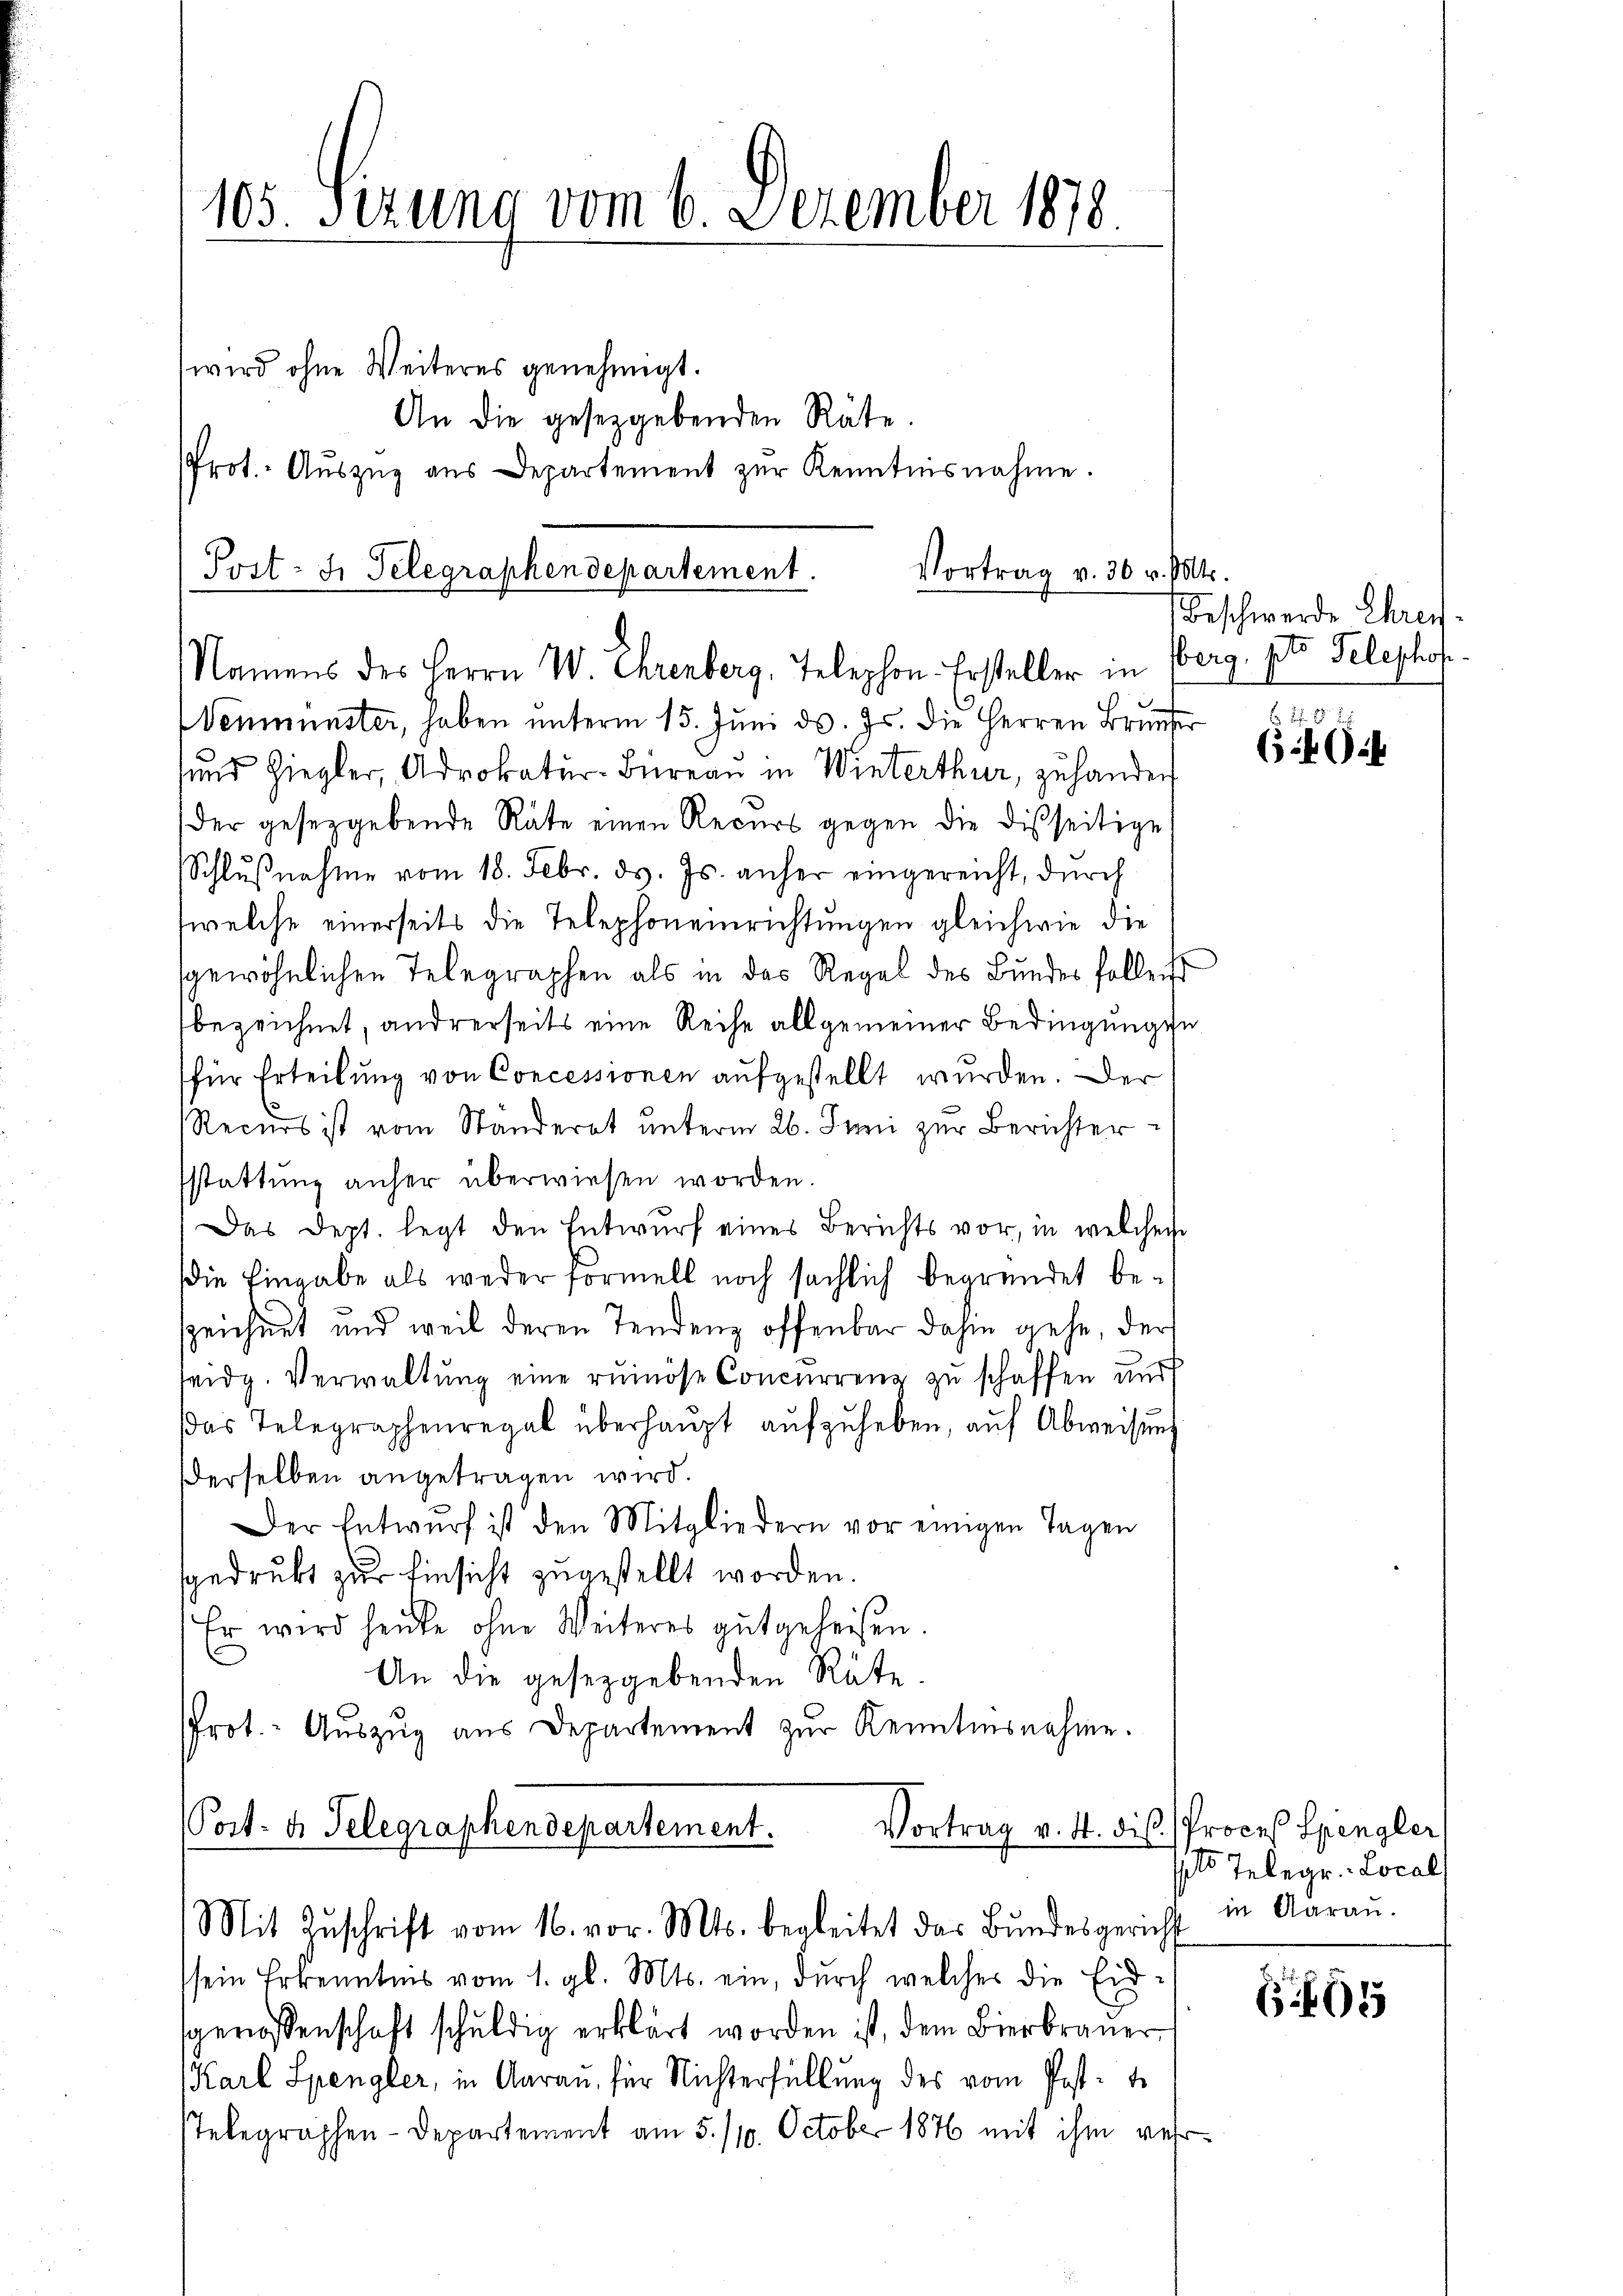
105 Sizung vom 6. Dezember 1878
wird ohne Weiteres genehmigt.
An die gesetzgebenden Räte.
Prot. Aŭszŭg aŭs Departement zŭr Kenntnisnahme.

Post- Fr. Telegraphendepartement.
Vortrag v. 30 v. Mts.
Namens des Herrn W Ehrenberg, Telephon. Ersteller in Berg. pro Telephof¬

Wenmünster, haben unterm 15. Juni d. Js. die Herren Brunser
sund Ziegler, Advokatur-Büreau in Winterthur, zu hander
der gesetzgebende Räte einen Recurs gegen die disseitige
Schlŭβnahme vom 18. Febr. ds. Js. anher eingereicht, durch
(welche einerseits die Telephoneinrichtungen gleichwie die
gewöhnlichen Telegraphen als in das Regel des Bundes follen
bezeichnet, andrerseits eine Reihe allgemeiner Bedingungen
für Erteilung von Concessionen aufgestellt wurden. Der
Recurs ist vom Standerat ŭnterm 26. Juni zur Berichter
sstattŭng anher überwiesen worden.
Das Dept. legt den Entwurf eines Berichts vor, in welchen
die Eingabe als weder Formell noch sächlich begründet be-
zzeichnet und weil deren Tendenz offenbar dahin gehe, der
seidg. Verwaltŭng eine ruinöse Concurrenz zu schaffen und
das Telegraphenregal überhaŭpt aŭfzŭheben, auf Abweisung
Derselben angetragen wird.
Der Entwŭrf ist den Mitgliedern vor einigen Tagen
gedruckt zur Einsicht zugestellt worden.
Er wird heute ohne Weiteres gutgeheißen.
An die gesetzgebenden Rüte.
Prot.- Aŭszŭg aŭs Departement zŭr Kenntnisnahme.
Post- u. Telegraphendepartement.
Vortrag v. 4. dis. Proceß Spengler

Mit Zŭschrift vom 16. vor. Mts. begleitet das Bundesgericht

ssein Erkenntnis vom 1. gl. Mts. ein, durch welches die Eid-
sgenossenschaft schuldig erklärt worden ist, dem Bierbraŭer
Karl Spengler, in Aarau, für Nichterfüllung des vom Post-
sTelegraphen-Departement am 5. 110. October 1876 mit ihm ver¬

Beschwerde Ehren.

S. 2
(0:4

sals Telegr. Local
in darau.

5